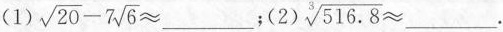
（1）$$\sqrt { 2 0 } - 7 \sqrt { 6 } ≈_ _ _$$;（2）$$\sqrt [ 3 ] { 5 1 6 . 8 } ≈ _ _ _$$